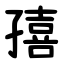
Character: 㝆